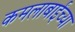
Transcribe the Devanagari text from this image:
कमलाबाईंच्या